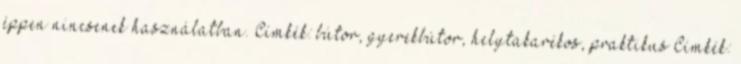
éppen nincsenek használatban. Címkék: bútor, gyerekbútor, helytakarékos, praktikus Címkék: